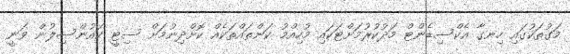
މަގުތަކުގައި ހިނގާ އެކްސިޑެންޓް މަދުކުރުމަށްޓަކައި މުހިއްމު ކަންތައްތަކެއް ކޮށްދިނުމަށް ސިޓީ ކައުންސިލުން ވަނީ